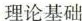
理论基础